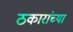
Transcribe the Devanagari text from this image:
ठकारांच्या